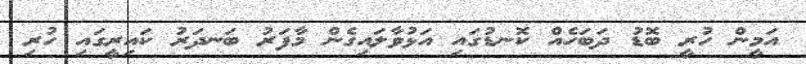
އަމީން ހުރީ ބޮޑު ދަބަހެއް ކޮނޑުގައި އަޅުވާލައިގެން މާފަރު ބަނދަރު ކައިރީގައި ހުރި